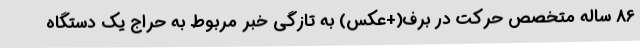
86 ساله متخصص حرکت در برف(+عکس) به تازگی خبر مربوط به حراج یک دستگاه